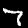
Digit: 7